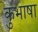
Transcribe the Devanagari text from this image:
कुभाषा